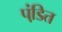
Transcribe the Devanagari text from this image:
पंडि़त